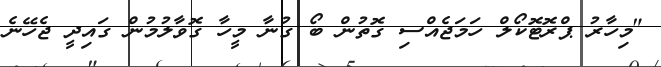
"މިހާރު ޕްރޮޓޮކޯލް ހަމަޖެއްސި ގޮތުން ބޯ ގުނާ މީހާ ގޮވާލުމުން ގައިދީ ޖެހޭނެ